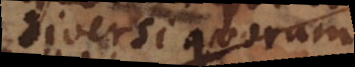
diversi quorum